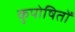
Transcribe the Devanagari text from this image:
कुपोषितों